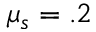
\mu _ { s } = . 2